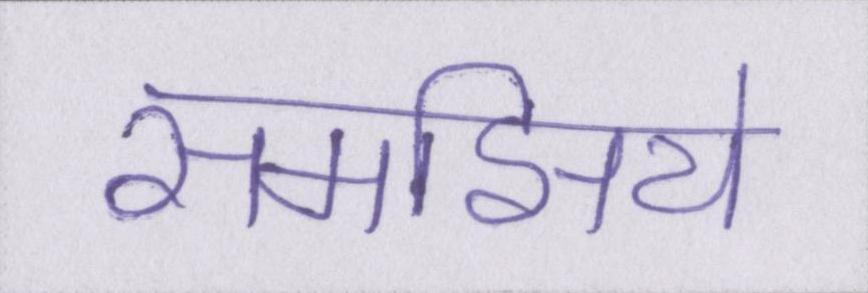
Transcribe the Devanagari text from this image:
समझिये